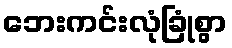
ဘေးကင်းလုံခြုံစွာ